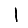
Digit: 1